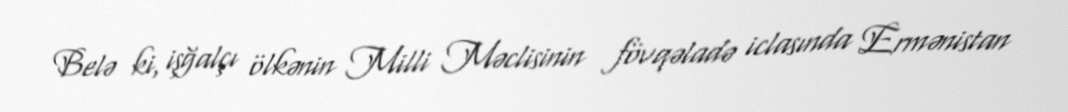
Belə ki, işğalçı ölkənin Milli Məclisinin fövqəladə iclasında Ermənistan